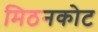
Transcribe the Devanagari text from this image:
मिठनकोट